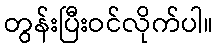
တွန်းပြီးဝင်လိုက်ပါ။